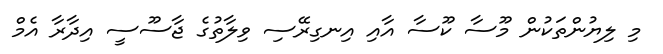
މި ލިޔުންތަކުން މޫސާ ކޫސާ އާއި އިނގިރޭސި ވިލާތުގެ ޖާސޫސީ އިދާރާ އެމް